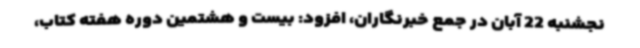
نجشنبه 22 آبان در جمع خبرنگاران، افزود: بیست و هشتمین دوره هفته کتاب،